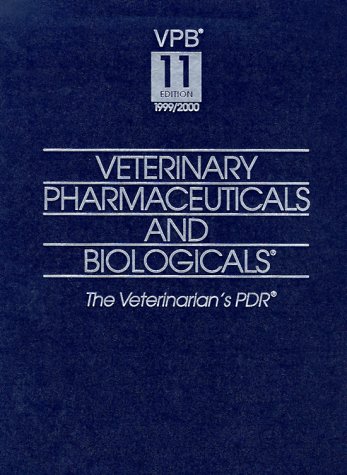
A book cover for Veterinary Pharmaceuticals & Biologicals, 11th Ed., 1999-2000; Donn I. Blevins; Medical Books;